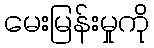
မေးမြန်းမှုကို